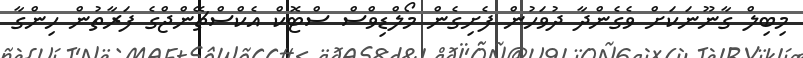
މިބިލް ގާނޫނަކަށް ވެގެންދާ ދުވަހުން ފެށިގެން މޯލްޑިވްސް ސްޓޮކް އެކްސްޗޭންޖްގެ ފަރާތުން ހިންގާ